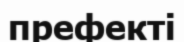
префекті